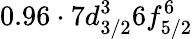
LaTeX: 0.96\cdot 7d_{3/2}^{3}6f_{5/2}^{6}